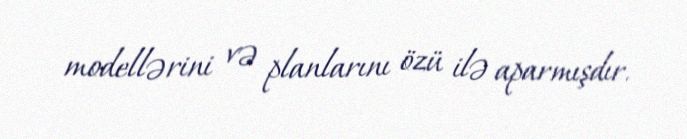
modellərini və planlarını özü ilə aparmışdır.